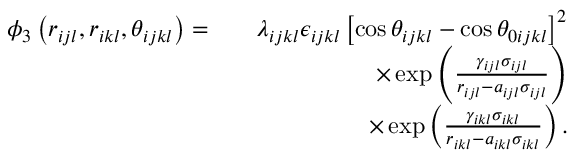
\begin{array} { r l r } { \phi _ { 3 } \left( r _ { i j l } , r _ { i k l } , \theta _ { i j k l } \right) = } & { } & { \lambda _ { i j k l } \epsilon _ { i j k l } \left[ \cos \theta _ { i j k l } - \cos \theta _ { 0 i j k l } \right] ^ { 2 } } \\ & { } & { \times \exp \left( \frac { \gamma _ { i j l } \sigma _ { i j l } } { r _ { i j l } - a _ { i j l } \sigma _ { i j l } } \right) } \\ & { } & { \times \exp \left( \frac { \gamma _ { i k l } \sigma _ { i k l } } { r _ { i k l } - a _ { i k l } \sigma _ { i k l } } \right) . } \end{array}